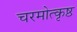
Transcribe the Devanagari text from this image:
चरमोत्कृष्ठ